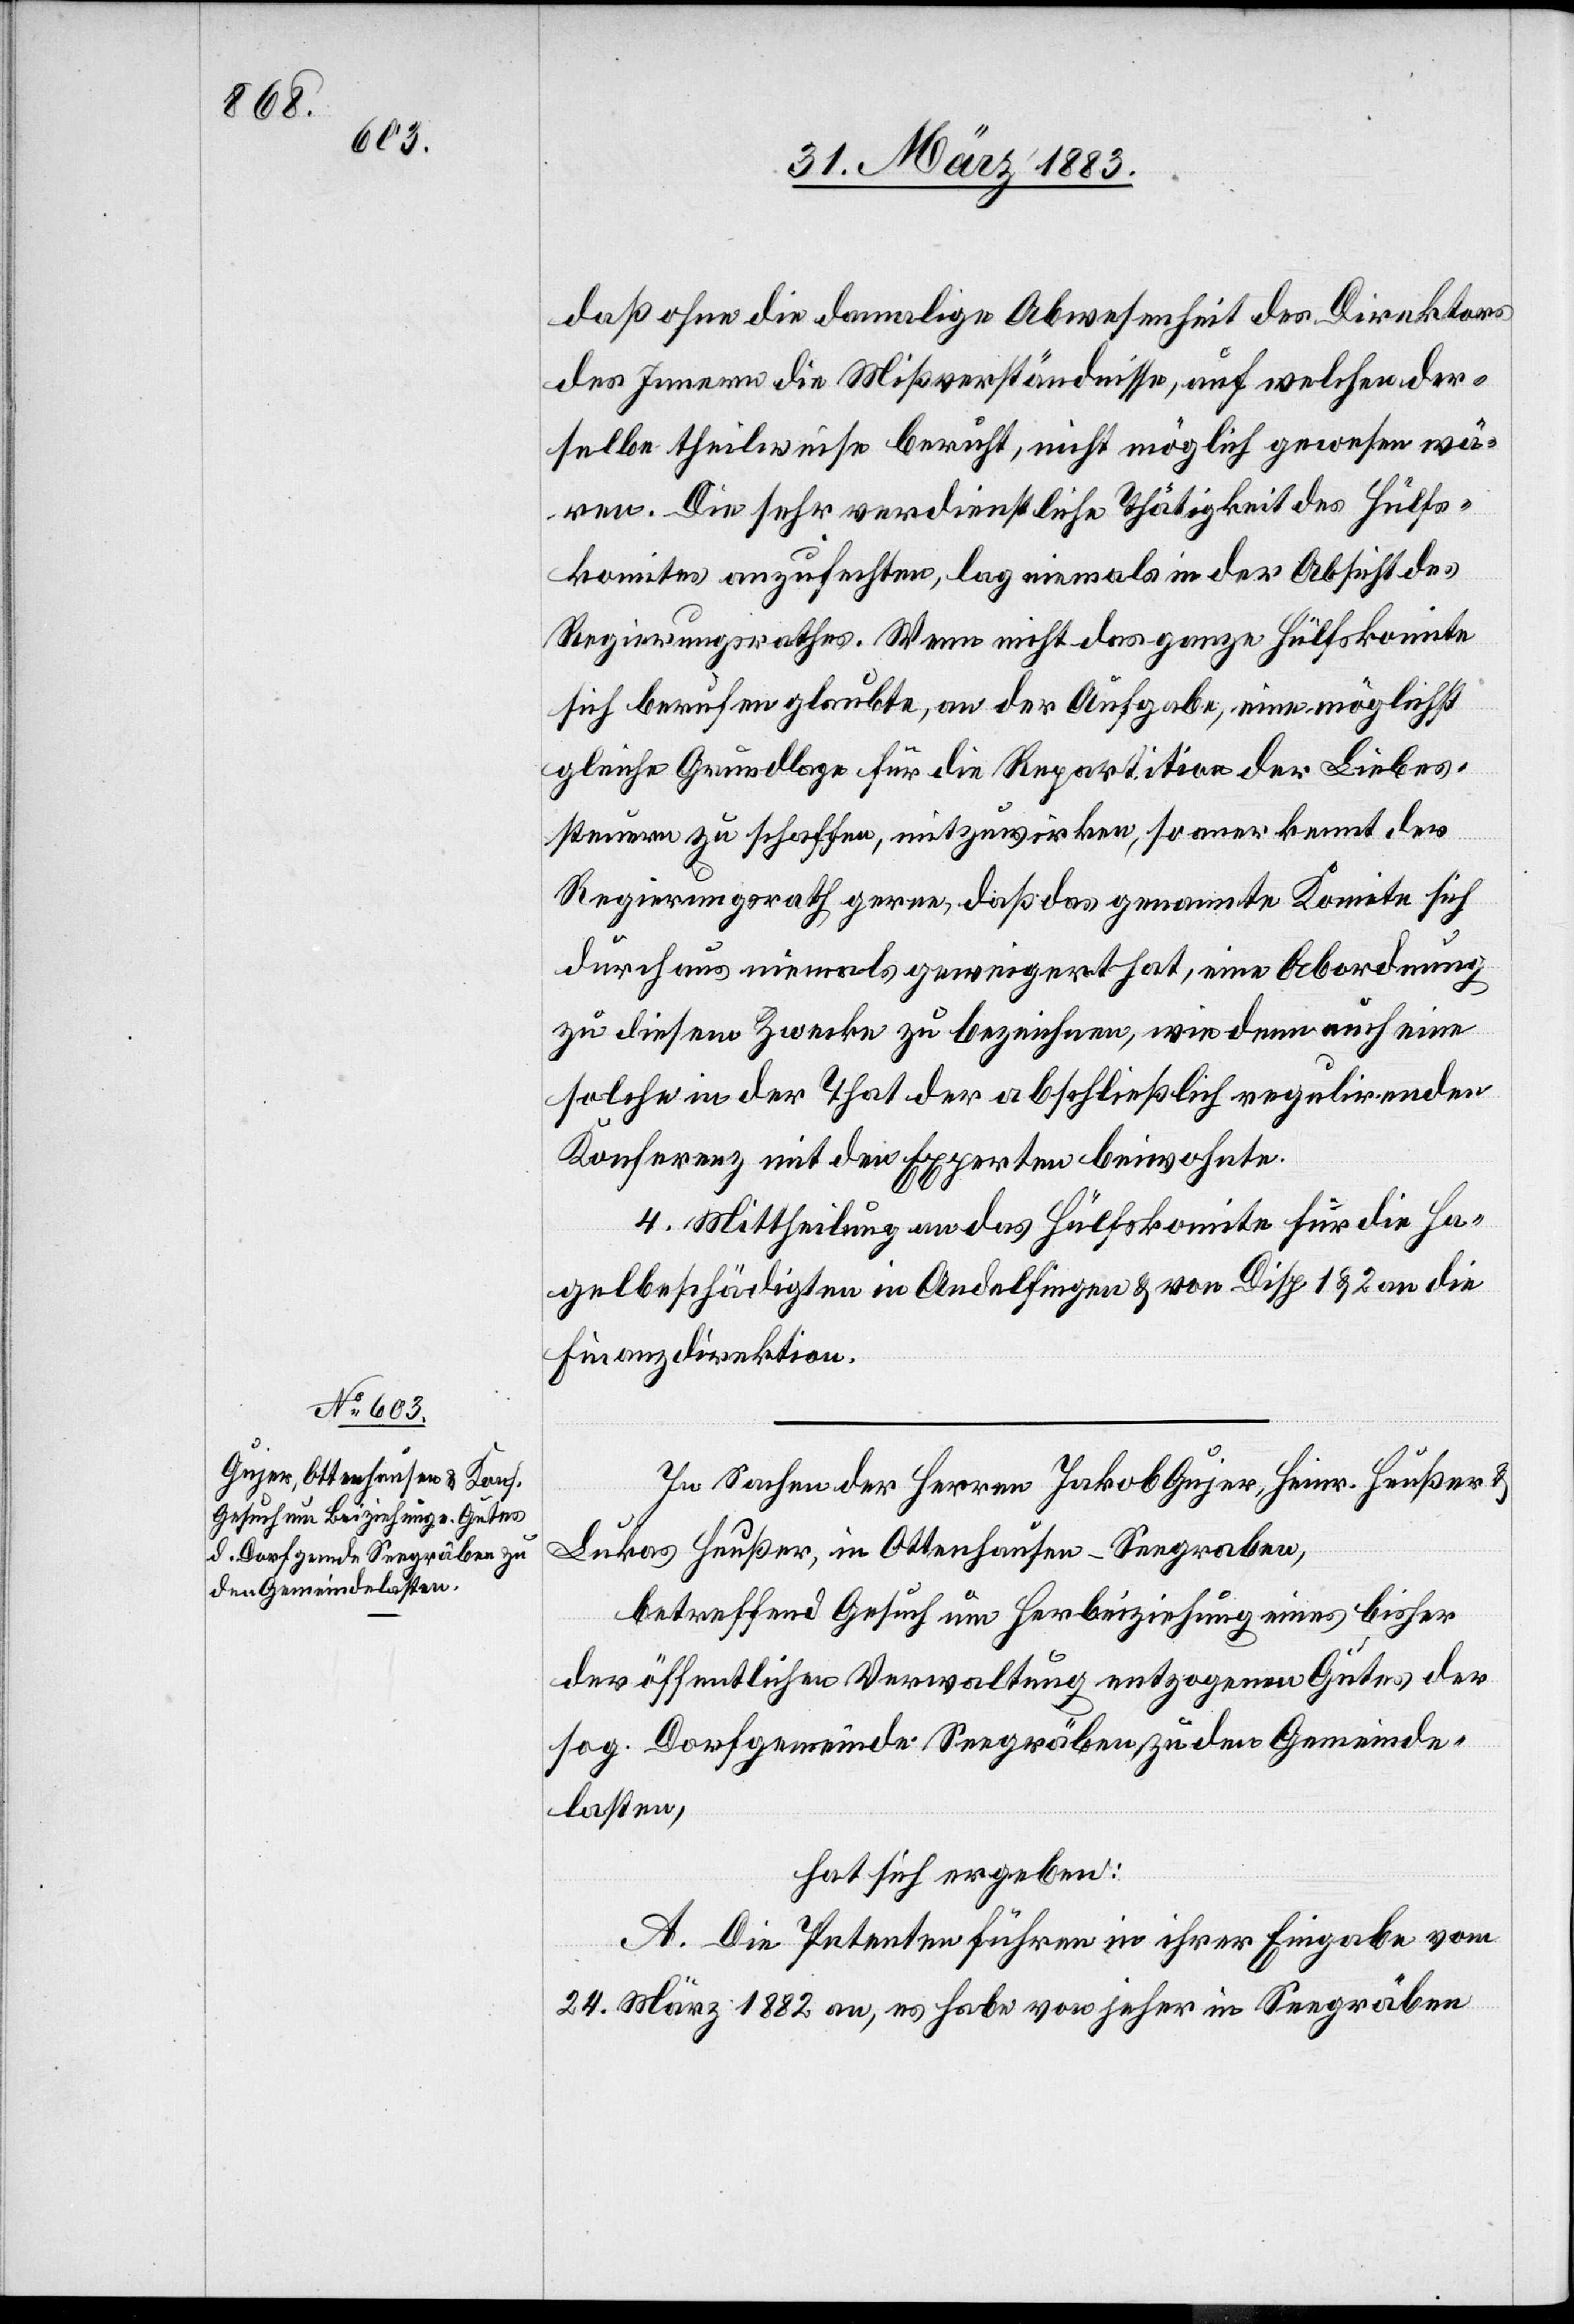
daß ohne die damalige Abwesenheit des Direktors
des Innern die Mißverständnisse, auf welchen der¬
selbe theilweise beruht, nicht möglich gewesen wä¬
ren. Die sehr verdienstliche Thätigkeit des Hülfs¬
komites anzufechten, lag niemals in der Absicht des
Regierungsrathes. Wenn nicht das ganze Hülfskomite
sich berufen glaubte, an der Aufgabe, eine möglichst
gleiche Grundlage für die Repartition der Liebes¬
steuer zu schaffen, mitzuwirken, so anerkennt der
Regierungsrath gerne, daß das genannte Komite sich
durchaus niemals geweigert hat, eine Abordnung
zu diesem Zwecke zu bezeichnen, wie denn auch eine
solche in der That der abschließlich regulirenden
Konferenz mit den Experten beiwohnte.
4. Mittheilung an das Hülfskomite für die Ha¬
gelbeschädigten in Andelfingen & von Disp. 1 & 2 an die
Finanzdirektion.
In Sachen der Herren Jakob Gujer, Heinr. Heußer &
Lukas Heußer, in Ottenhausen - Seegraben
betreffend Gesuch um Herbeiziehung eines bisher
der öffentlichen Verwaltung entzogenen Gutes der
sog. Dorfgemeinde Seegräben zu den Gemeinde¬
lasten,
hat sich ergeben:
A. Die Petenten führen in ihrer Eingabe vom
24. März 1882 an, es habe von jeher in Seegräben